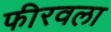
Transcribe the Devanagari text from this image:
फीरवला